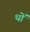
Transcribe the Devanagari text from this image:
थों